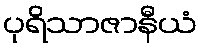
ပုရိသာဇာနီယံ